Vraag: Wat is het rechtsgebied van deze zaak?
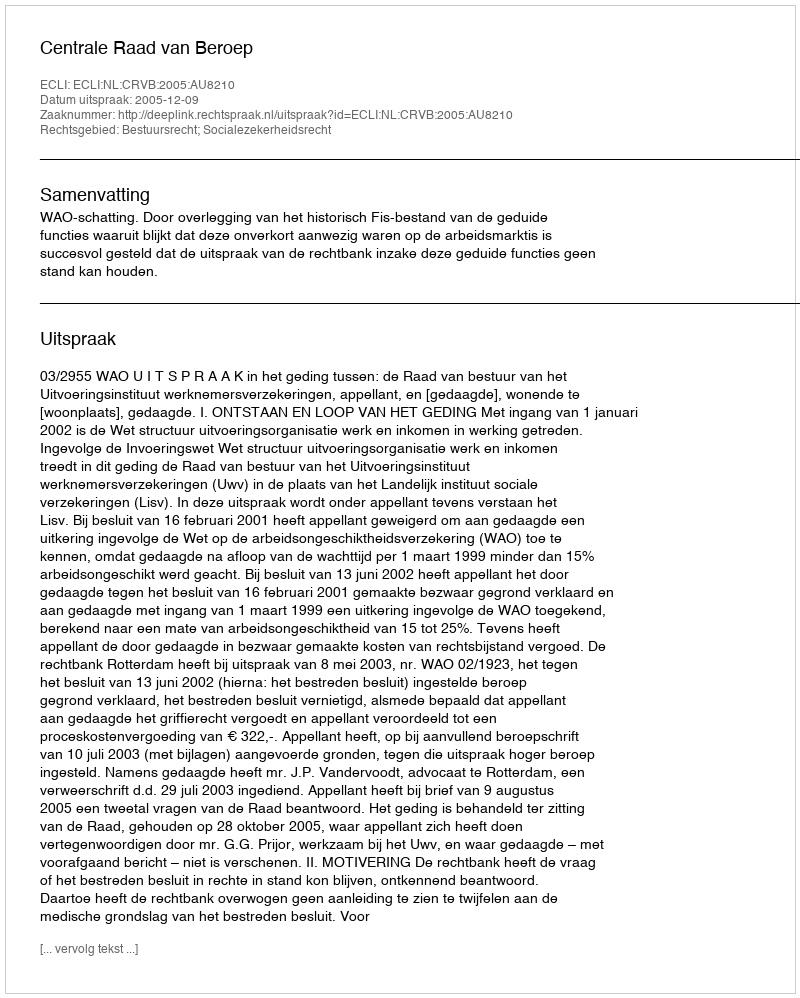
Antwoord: Bestuursrecht; Socialezekerheidsrecht